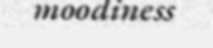
moodiness